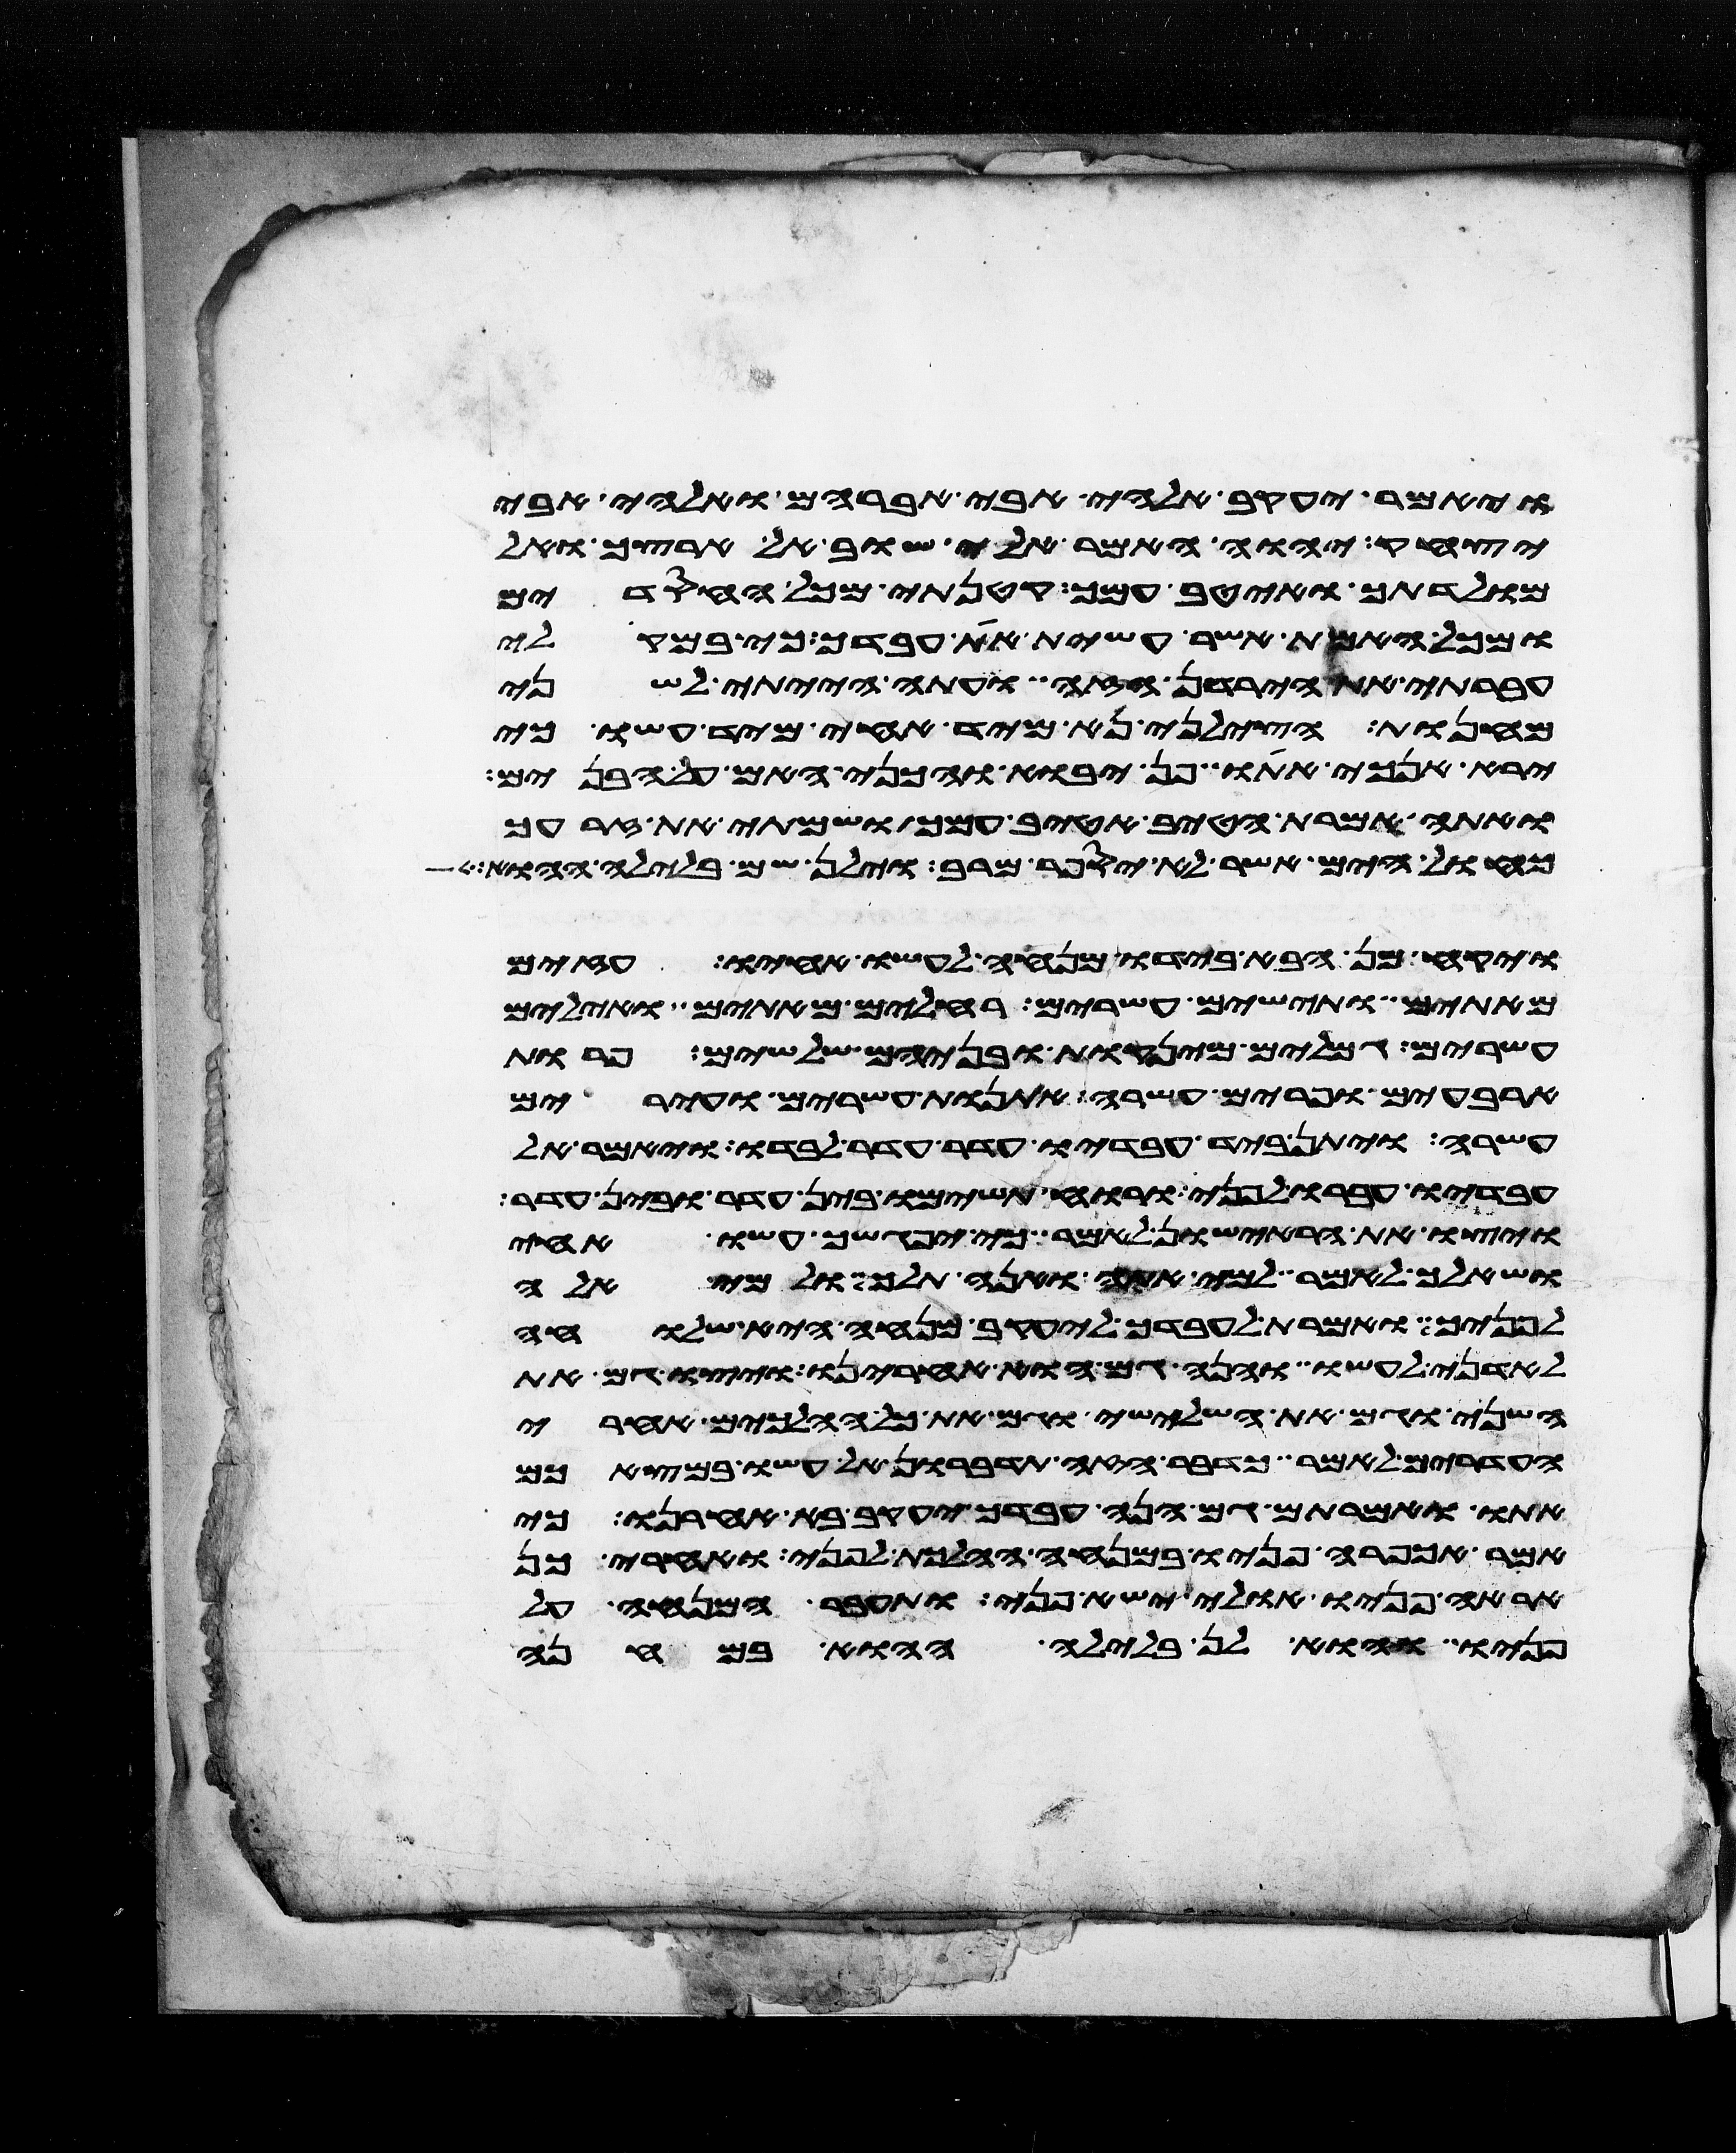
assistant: ויאמר יעקב אלהי אבי אברהם ואלהי אבי
יצחק יהוה אמר אלי שוב אל ארצך ואל
מולדתך ואטיב עמך קטנתי מכל החסדים
ומכל האמת אשר עשית את עבדך כי במקלי
עברתי את הירדן הזה ועתה הייתי לשני
מחנות הצלני נא מיד אחי מיד עשו כי
ירא אנכי אתו פן יבוא והכני האם על הבנים
ואתה אמרת הטיב אטיב עמך ושמתי את זרעך
כחול הים אשר לא יספר מרב וילן שם בלילה ההוא
ויקח מן הבא בידו מנחה לעשו אחיו עזים
מאתים ותישים עשרים רחלים מאתים ואילים
עשרים גמלים מינקות ובניהם שלשים פרות
ארבעים ופרים עשרה אתנות עשרים ועירים
עשרה ויתן ביד עבדיו עדר עדר לבדו ויאמר אל
עבדיו עברו לפני ורוח תשימו בין עדר ובין עדר
ויצו את הראישון לאמר כי יפגשך עשו אחי
ושאלך לאמר למי אתה ואנה תלך ולמי אלה
לפניך ואמרת לעבדך ליעקב מנחה היא שלוחה
לאדני לעשו והנה גם הוא אחרינו ויצו גם את
השני וגם את השלישי וגם את כל ההלכים אחרי
העדרים לאמר כדבר הזה תדברון אל עשו במצאכם
אתו ואמרתם גם הנה עבדך יעקב בא אחרינו כי
אמר אכפרה פניו במנחה ההלכת לפני ואחרי כן
אראה פניו אולי ישא פני ותעבר המנחה על
פניו והוא לן בלילה ההוא במחנה